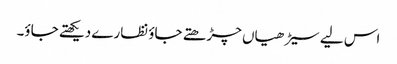
اس لیے سیڑھیاں چڑھتے جاؤ نظارے دیکھتے جاؤ۔